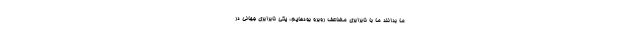
ما بدانند ما با نابرابری مضاعف روبرو بودهایم، یکی نابرابری جهانی در